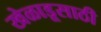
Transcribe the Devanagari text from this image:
खेळाडूसाठी